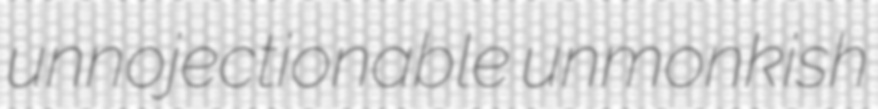
unnojectionable unmonkish